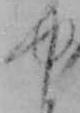
ゆ